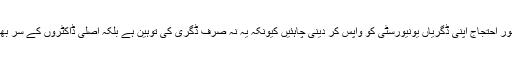
ویسے اصلی ڈاکٹروں کو بطور احتجاج اپنی ڈگریاں یونیورسٹی کو واپس کر دینی چاہئیں کیونکہ یہ نہ صرف ڈگری کی توہین ہے بلکہ اصلی ڈاکٹروں کے سر بھی شرم سے جھک گئے ہیں۔